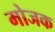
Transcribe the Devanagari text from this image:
मोजक